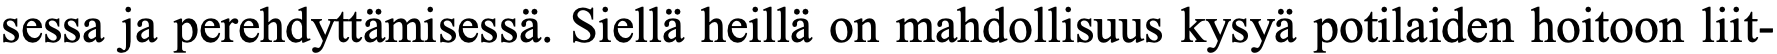
sessa ja perehdyttämisessä. Siellä heillä on mahdollisuus kysyä potilaiden hoitoon liit-